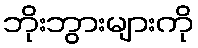
ဘိုးဘွားများကို